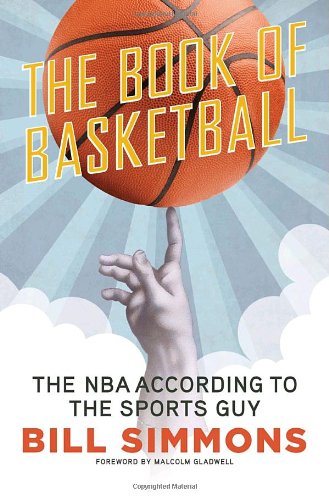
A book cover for The Book of Basketball: The NBA According to The Sports Guy; Bill Simmons; Sports & Outdoors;